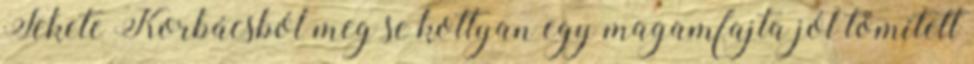
Fekete Korbácsból meg se kottyan egy magamfajta jól tömített